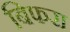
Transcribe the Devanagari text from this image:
बिफरा